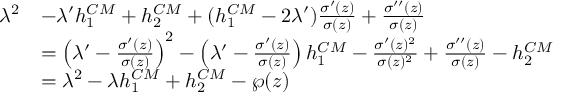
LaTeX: \begin{array} { r l } { { \lambda ^ { 2 } } } & { { - \lambda ^ { \prime } h _ { 1 } \sp { C M } + h _ { 2 } ^ { C M } + ( h _ { 1 } \sp { C M } - 2 \lambda ^ { \prime } ) { \frac { \sigma ^ { \prime } ( z ) } { \sigma ( z ) } } + { \frac { \sigma ^ { \prime \prime } ( z ) } { \sigma ( z ) } } } } \\ { { } } & { { = \left( \lambda ^ { \prime } - { \frac { \sigma ^ { \prime } ( z ) } { \sigma ( z ) } } \right) ^ { 2 } - \left( \lambda ^ { \prime } - { \frac { \sigma ^ { \prime } ( z ) } { \sigma ( z ) } } \right) h _ { 1 } \sp { C M } - { \frac { \sigma ^ { \prime } ( z ) ^ { 2 } } { \sigma ( z ) ^ { 2 } } } + { \frac { \sigma ^ { \prime \prime } ( z ) } { \sigma ( z ) } } - h _ { 2 } ^ { C M } } } \\ { { } } & { { = \lambda ^ { 2 } - \lambda h _ { 1 } \sp { C M } + h _ { 2 } ^ { C M } - \wp ( z ) } } \end{array}